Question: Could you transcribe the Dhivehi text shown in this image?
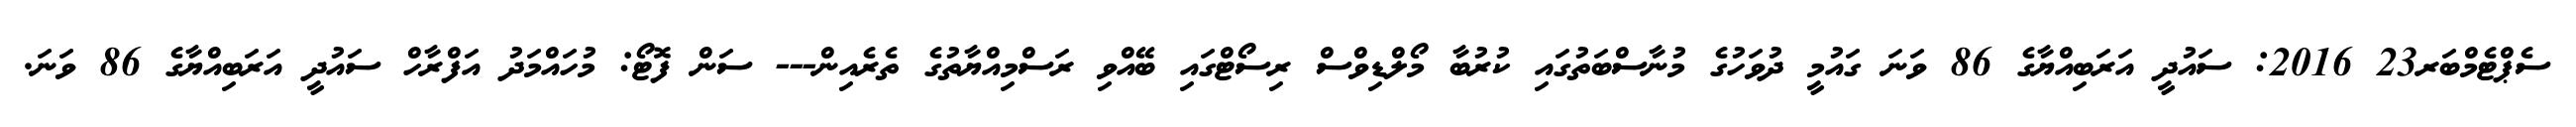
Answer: ސެޕްޓެމްބަރ23 2016: ސައުދީ އަރަބިއްޔާގެ 86 ވަނަ ގައުމީ ދުވަހުގެ މުނާސްބަތުގައި ކުރުބާ މޯލްޑިވްސް ރިސޯޓްގައި ބޭއްވި ރަސްމިއްޔާތުގެ ތެރެއިން--- ސަން ފޮޓޯ: މުހައްމަދު އަފްރާހް ސައުދީ އަރަބިއްޔާގެ 86 ވަނަ.